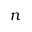
n